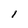
Character: l